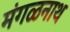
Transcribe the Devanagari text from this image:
मंगळनाथ